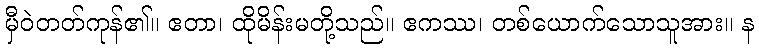
မှီဝဲတတ်ကုန်၏။ ဧတာ၊ ထိုမိန်းမတို့သည်။ ဧကဿ၊ တစ်ယောက်သောသူအား။ န